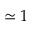
\simeq 1